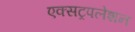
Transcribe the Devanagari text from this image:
एक्सट्रपलेशन